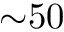
{ \sim } 5 0